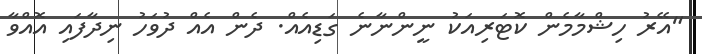
"އޭރު ހިޝްމާމެން ކޮޓަރިއަކު ނީންނާނެ ގަޑިއެއް. ދެން އެއް ދުވަހު ނިދާފައި އޮއްވާ